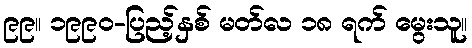
၉၉။ ၁၉၉၀-ပြည့်နှစ် မတ်လ ၁၈ ရက် မွေးသူ။